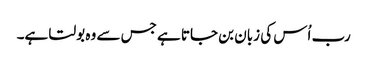
رب اُس کی زبان بن جاتا ہے جس سے وہ بولتا ہے۔